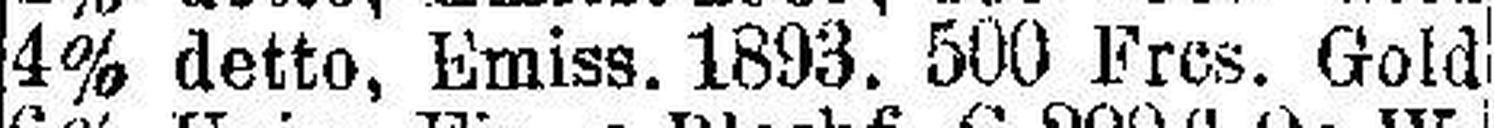
4% detto, Emiss. 1893. 500 Frcs. Gold